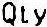
QTY